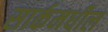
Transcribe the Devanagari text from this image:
सार्कमधील